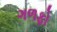
ગળફો